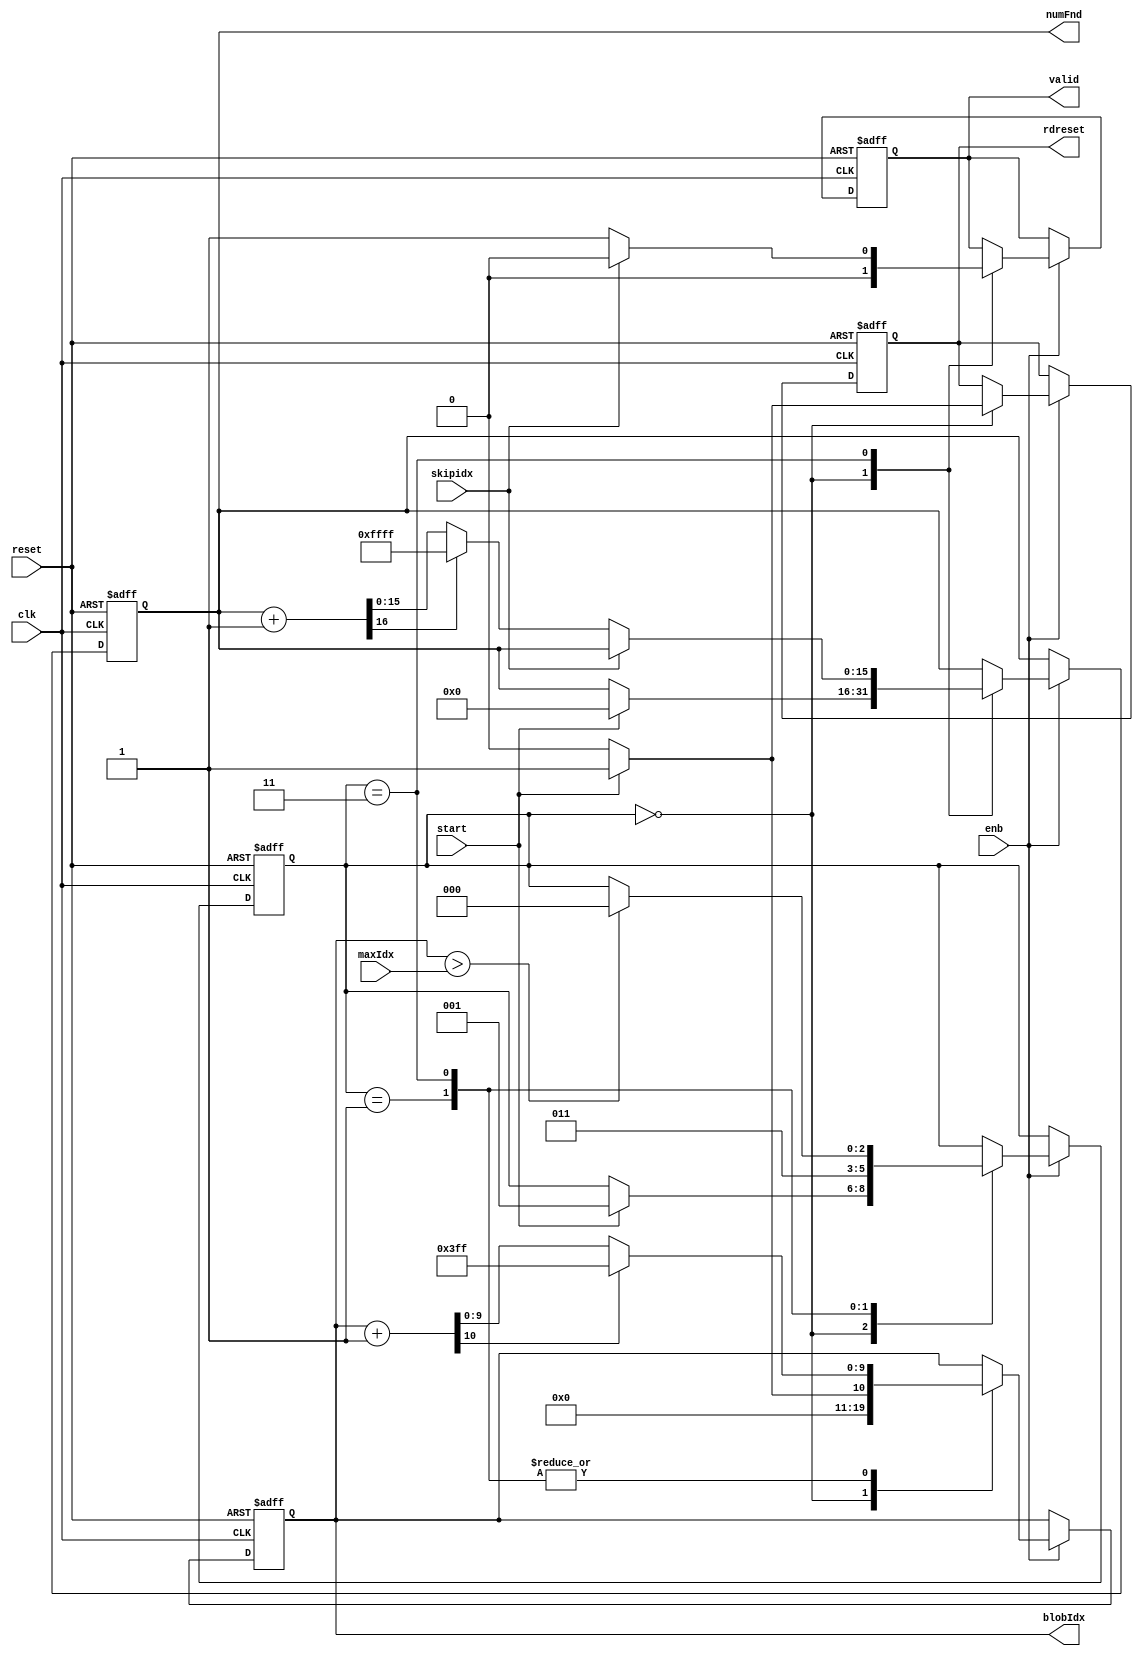
// -------------------------------------------------------------
// 
// 
// Generated by MATLAB 9.13 and HDL Coder 4.0
// 
// -------------------------------------------------------------


// -------------------------------------------------------------
// 
// Module: ReadBlobs
// Source Path: BlobAnalysisHDL/BlobDetector/CCA_Algorithm/cca/ReadBlobs
// Hierarchy Level: 3
// 
// -------------------------------------------------------------

`timescale 1 ns / 1 ns

module ReadBlobs
          (clk,
           reset,
           enb,
           start,
           maxIdx,
           skipidx,
           blobIdx,
           valid,
           rdreset,
           numFnd);


  input   clk;
  input   reset;
  input   enb;
  input   start;
  input   [10:0] maxIdx;  // ufix11
  input   skipidx;  // ufix1
  output  [9:0] blobIdx;  // ufix10
  output  valid;
  output  rdreset;
  output  [15:0] numFnd;  // uint16


  reg [9:0] blobIdx_1;  // ufix10
  reg  valid_1;
  reg  rdreset_1;
  reg [15:0] numFnd_1;  // uint16
  reg [2:0] state;  // ufix3
  reg [9:0] index;  // ufix10
  reg [15:0] numFndIncr;  // uint16
  reg  validreg;
  reg  rdresetreg;
  reg [2:0] state_next;  // ufix3
  reg [9:0] index_next;  // ufix10
  reg [15:0] numFndIncr_next;  // uint16
  reg  validreg_next;
  reg  rdresetreg_next;
  reg [10:0] add_temp;  // ufix11
  reg [16:0] add_temp_0;  // ufix17
  reg [10:0] add_temp_1;  // ufix11
  reg [10:0] t_0;  // ufix11
  reg [10:0] t_1;  // ufix11
  reg [16:0] t_2;  // ufix17
  reg [10:0] t_3;  // ufix11


  always @(posedge clk or posedge reset)
    begin : ReadBlobs_1_process
      if (reset == 1'b1) begin
        state <= 3'b000;
        index <= 10'b0000000000;
        numFndIncr <= 16'd0;
        validreg <= 1'b0;
        rdresetreg <= 1'b0;
      end
      else begin
        if (enb) begin
          state <= state_next;
          index <= index_next;
          numFndIncr <= numFndIncr_next;
          validreg <= validreg_next;
          rdresetreg <= rdresetreg_next;
        end
      end
    end

  always @(index, maxIdx, numFndIncr, rdresetreg, skipidx, start, state, validreg) begin
    add_temp = 11'b00000000000;
    add_temp_0 = 17'b00000000000000000;
    add_temp_1 = 11'b00000000000;
    t_0 = 11'b00000000000;
    t_1 = 11'b00000000000;
    t_2 = 17'b00000000000000000;
    t_3 = 11'b00000000000;
    state_next = state;
    index_next = index;
    numFndIncr_next = numFndIncr;
    validreg_next = validreg;
    rdresetreg_next = rdresetreg;
    case ( state)
      3'b000 :
        begin
          index_next = 10'b0000000000;
          rdresetreg_next = 1'b0;
          validreg_next = 1'b0;
          if (start) begin
            index_next = 10'b0000000001;
            state_next = 3'b001;
            rdresetreg_next = 1'b1;
            numFndIncr_next = 16'd0;
          end
        end
      3'b001 :
        begin
          state_next = 3'b011;
          t_1 = {1'b0, index};
          add_temp = t_1 + 11'b00000000001;
          if (add_temp[10] != 1'b0) begin
            index_next = 10'b1111111111;
          end
          else begin
            index_next = add_temp[9:0];
          end
        end
      3'b011 :
        begin
          validreg_next = 1'b0;
          if (skipidx == 1'b0) begin
            validreg_next = 1'b1;
            t_2 = {1'b0, numFndIncr};
            add_temp_0 = t_2 + 17'b00000000000000001;
            if (add_temp_0[16] != 1'b0) begin
              numFndIncr_next = 16'b1111111111111111;
            end
            else begin
              numFndIncr_next = add_temp_0[15:0];
            end
          end
          t_0 = {1'b0, index};
          if (t_0 > maxIdx) begin
            state_next = 3'b000;
          end
          t_3 = {1'b0, index};
          add_temp_1 = t_3 + 11'b00000000001;
          if (add_temp_1[10] != 1'b0) begin
            index_next = 10'b1111111111;
          end
          else begin
            index_next = add_temp_1[9:0];
          end
        end
    endcase
    blobIdx_1 = index;
    valid_1 = validreg;
    rdreset_1 = rdresetreg;
    numFnd_1 = numFndIncr;
  end



  assign blobIdx = blobIdx_1;

  assign valid = valid_1;

  assign rdreset = rdreset_1;

  assign numFnd = numFnd_1;

endmodule  // ReadBlobs